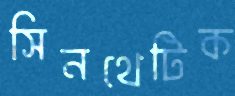
সিনথেটিক